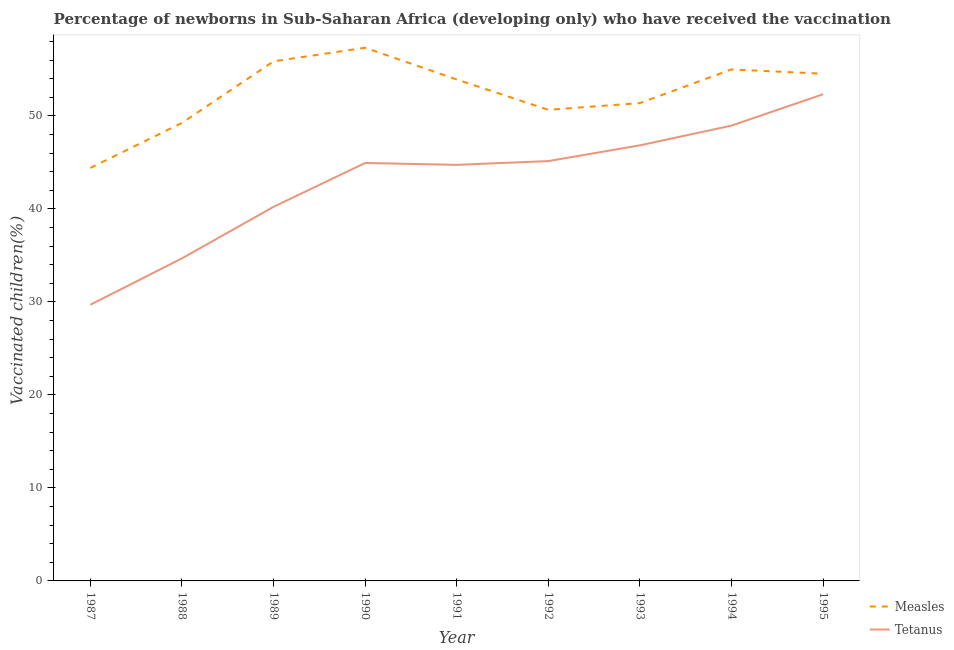
| Year | Measles | Tetanus |
 | --- | --- | --- |
 | 1987 | 44.4 | 29.7 |
 | 1988 | 49.2 | 34.7 |
 | 1989 | 55.9 | 40.2 |
 | 1990 | 57.3 | 44.9 |
 | 1991 | 53.9 | 44.7 |
 | 1992 | 50.7 | 45.1 |
 | 1993 | 51.4 | 46.8 |
 | 1994 | 55 | 49 |
 | 1995 | 54.5 | 52.3 |